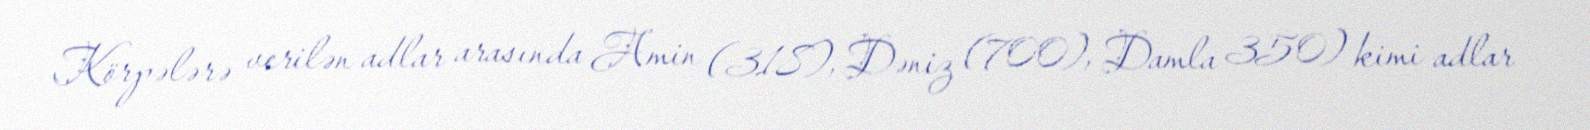
Körpələrə verilən adlar arasında Amin (318), Dəniz (700), Damla 350) kimi adlar